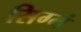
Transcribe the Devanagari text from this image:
सिग्मं